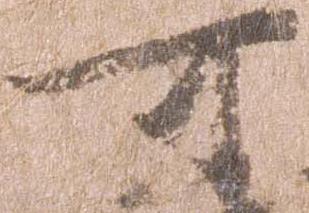
可